Indian journal of veterinary science and animal husbandry - Volume 12,
Year: 1942
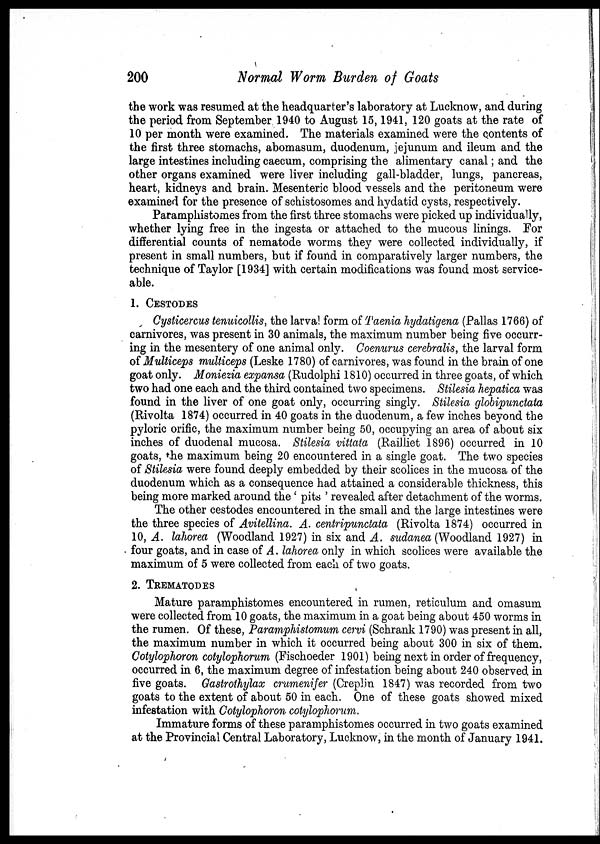
200
Normal Worm Burden of Goats
the work was resumed at the headquarter's laboratory at Lucknow, and during
the period from September 1940 to August 15,1941, 120 goats at the rate of
10 per month were examined. The materials examined were the contents of
the first three stomachs, abomasum, duodenum, jejunum and ileum and the
large intestines including caecum, comprising the alimentary canal; and the
other organs examined were liver including gall-bladder, lungs, pancreas,
heart, kidneys and brain. Mesenteric blood vessels and the peritoneum were
examined for the presence of schistosomes and hydatid cysts, respectively.
Paramphistomes from the first three stomachs were picked up individually,
whether lying free in the ingesta or attached to the mucous linings. For
differential counts of nematode worms they were collected individually, if
present in small numbers, but if found in comparatively larger numbers, the
technique of Taylor [1934] with certain modifications was found most service-
able.
1. CESTODES
Cysticercus tenuicollis, the larva form of Taenia hydatigena (Pallas 1766) of
carnivores, was present in 30 animals, the maximum number being five occurr-
ing in the mesentery of one animal only. Coenurus cerebralis, the larval form
of Multiceps multiceps (Leske 1780) of carnivores, was found in the brain of one
goat only. Moniezia expansa (Rudolphi 1810) occurred in three goats, of which
two had one each and the third contained two specimens. Stilesia hepatica was
found in the liver of one goat only, occurring singly. Stilesia globipunctata
(Rivolta 1874) occurred in 40 goats in the duodenum, a few inches beyond the
pyloric orific, the maximum number being 50, occupying an area of about six
inches of duodenal mucosa. Stilesia vittata (Railliet 1896) occurred in 10
goats, the maximum being 20 encountered in a single goat. The two species
of Stilesia were found deeply embedded by their scolices in the mucosa of the
duodenum which as a consequence had attained a considerable thickness, this
being more marked around the' pits ' revealed after detachment of the worms.
The other cestodes encountered in the small and the large intestines were
the three species of Avitellina. A. centripunctata (Rivolta 1874) occurred in
10, A. lahorea (Woodland 1927) in six and A. sudanea (Woodland 1927) in
four goats, and in case of A. lahorea only in which scolices were available the
maximum of 5 were collected from each of two goats.
2. TREMATODES
Mature paramphistomes encountered in rumen, reticulum and omasum
were collected from 10 goats, the maximum in a goat being about 450 worms in
the rumen. Of these, Paramphistomum cervi (Schrank 1790) was present in all,
the maximum number in which it occurred being about 300 in six of them.
Cotylophoron cotylophorum (Fischoeder 1901) being next in order of frequency,
occurred in 6, the maximum degree of infestation being about 240 observed in
five goats. Gastrothylax crumenifer (Creplin 1847) was recorded from two
goats to the extent of about 50 in each. One of these goats showed mixed
infestation with Cotylophoron cotylophorum.
Immature forms of these paramphistomes occurred in two goats examined
at the Provincial Central Laboratory, Lucknow, in the month of January 1941.